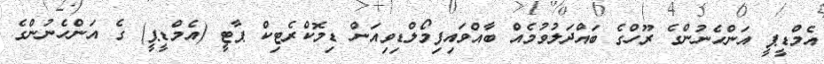
އެމްޑީޕީ އަންހެނުންގެ ރޫހްގެ ބައްދަލުވުމެއް ބާއްވައިފިމޯލްޑިވިއަން ޑިމޮކްރެޓިކް ޕާޓީ (އެމްޑީޕީ) ގެ އަންހެނުންގެ